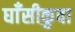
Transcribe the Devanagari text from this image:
घाँसीकुवा